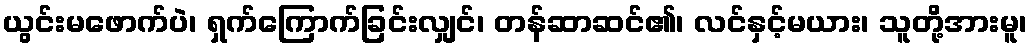
ယွင်းမဖောက်ပဲ၊ ရှက်ကြောက်ခြင်းလျှင်၊ တန်ဆာဆင်၏၊ လင်နှင့်မယား၊ သူတို့အားမူ၊